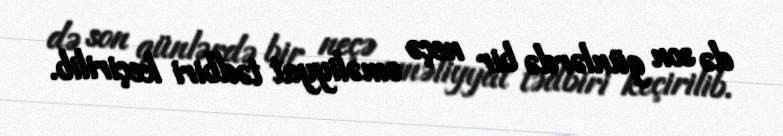
də son günlərdə bir neçə əməliyyat tədbiri keçirilib.